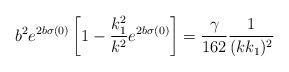
LaTeX: \begin{align*}b^2e^{2b\sigma(0)}\left[1-\frac{k_1^2}{k^2}e^{2b\sigma(0)}\right]=\frac{\gamma}{162}\frac{1}{(kk_1)^2}\end{align*}